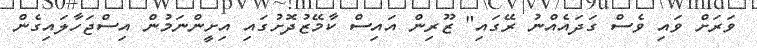
ވަރަށް ވައި ވެސް ގަދައެއްނު ރޭގައި" ޒޫރިން އައިސް ކާމޭޒުދޮށުގައި އިށީންނަމުން އިސްޖަހާލައިގެން